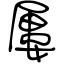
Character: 屢